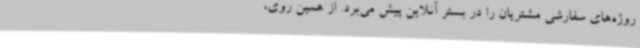
روژه‌های سفارشی مشتریان را در بستر آنلاین پیش می‌برد. از همین روی،